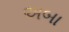
અબા